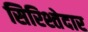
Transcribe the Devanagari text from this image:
सिरिश्तेदार